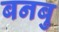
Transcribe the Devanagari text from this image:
बनबु